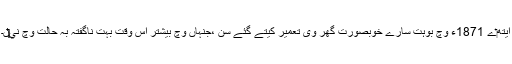
ایتھ‏ے 1871ء وچ بوہت سارے خوبصورت گھر وی تعمیر کیتے گئے سن ،جنہاں وچ بیشتر اس وقت بہت ناگفتہ بہ حالت وچ ني‏‏‏‏ں۔